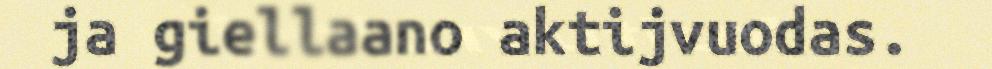
ja giellaano aktijvuodas.